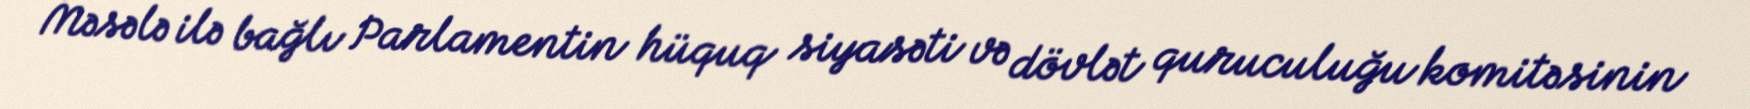
Məsələ ilə bağlı Parlamentin hüquq siyasəti və dövlət quruculuğu komitəsinin